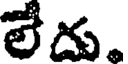
లేదు.